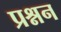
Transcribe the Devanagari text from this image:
प्रश्नन